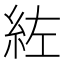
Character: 𮈇